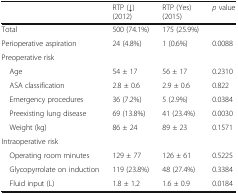
<table><thead><tr><td></td><td><b>RTP (↓)(2012)</b></td><td><b>RTP (Yes)(2015)</b></td><td><b><i>p</i> value</b></td></tr></thead><tbody><tr><td>Total</td><td>500 (74.1%)</td><td>175 (25.9%)</td><td></td></tr><tr><td>Perioperative aspiration</td><td>24 (4.8%)</td><td>1 (0.6%)</td><td>0.0088</td></tr><tr><td colspan="4">Preoperative risk</td></tr><tr><td> Age</td><td>54 ± 17</td><td>56 ± 17</td><td>0.2310</td></tr><tr><td> ASA classification</td><td>2.8 ± 0.6</td><td>2.9 ± 0.6</td><td>0.822</td></tr><tr><td> Emergency procedures</td><td>36 (7.2%)</td><td>5 (2.9%)</td><td>0.0384</td></tr><tr><td> Preexisting lung disease</td><td>69 (13.8%)</td><td>41 (23.4%)</td><td>0.0030</td></tr><tr><td> Weight (kg)</td><td>86 ± 24</td><td>89 ± 23</td><td>0.1571</td></tr><tr><td colspan="4">Intraoperative risk</td></tr><tr><td> Operating room minutes</td><td>129 ± 77</td><td>126 ± 61</td><td>0.5225</td></tr><tr><td> Glycopyrrolate on induction</td><td>119 (23.8%)</td><td>48 (27.4%)</td><td>0.3384</td></tr><tr><td> Fluid input (L)</td><td>1.8 ± 1.2</td><td>1.6 ± 0.9</td><td>0.0184</td></tr></tbody></table>